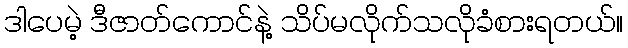
ဒါပေမဲ့ ဒီဇာတ်ကောင်နဲ့ သိပ်မလိုက်သလိုခံစားရတယ်။